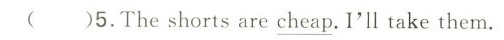
( )5.The shorts are \underline{cheap}.I'l take them.